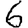
Digit: 6